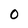
Character: 0